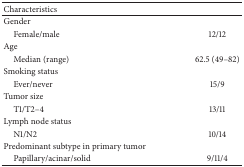
<table><thead><tr><td><b>Characteristics</b></td><td><b> </b></td></tr></thead><tbody><tr><td>Gender</td><td> </td></tr><tr><td> Female/male</td><td>12/12</td></tr><tr><td>Age</td><td> </td></tr><tr><td> Median (range)</td><td>62.5 (49–82)</td></tr><tr><td>Smoking status</td><td> </td></tr><tr><td> Ever/never</td><td>15/9</td></tr><tr><td>Tumor size</td><td> </td></tr><tr><td> T1/T2–4</td><td>13/11</td></tr><tr><td>Lymph node status</td><td> </td></tr><tr><td> N1/N2</td><td>10/14</td></tr><tr><td>Predominant subtype in primary tumor</td><td> </td></tr><tr><td> Papillary/acinar/solid</td><td>9/11/4</td></tr></tbody></table>